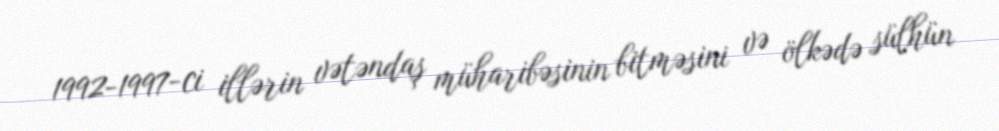
1992-1997-ci illərin vətəndaş müharibəsinin bitməsini və ölkədə sülhün